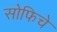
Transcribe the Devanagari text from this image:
सोफिचे